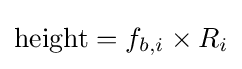
{\text{height}}=f_{b,i}\times R_{i}